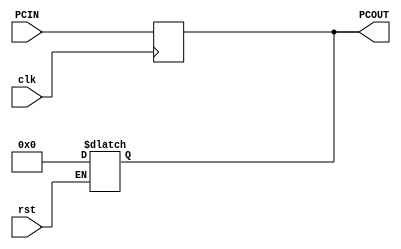
`timescale 1ns / 1ps
//////////////////////////////////////////////////////////////////////////////////
// Company: 
// Engineer: 
// 
// Design Name: 
// Module Name: pc_counter
// Project Name: 
// Target Devices: 
// Tool Versions: 
// Description: 
// 
// Dependencies: 
// 
// Revision:
// Revision 0.01 - File Created
// Additional Comments:
// 
//////////////////////////////////////////////////////////////////////////////////


module pc_counter #(parameter ADDRESS = 32)
                   (input wire [ADDRESS - 1 : 0] PCIN,
                    input clk, rst,
                    output reg [ADDRESS - 1 : 0] PCOUT);
                    
    always @ (rst)
        if (rst)
            PCOUT <= 0;
    always @ (posedge clk)
        PCOUT <= PCIN;
endmodule